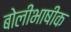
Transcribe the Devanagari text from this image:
बोलीभाषीक